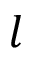
l